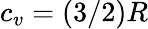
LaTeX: c_{v}=(3/2)R